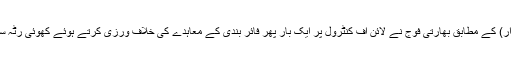
پاک فوج کے شعبہ تعلقات عامہ (آئی ایس پی آر) کے مطابق بھارتی فوج نے لائن آف کنٹرول پر ایک بار پھر فائر بندی کے معاہدے کی خلاف ورزی کرتے ہوئے کھوئی رٹہ سیکٹر پر بلااشتعال فائرنگ اور گولہ باری کی۔